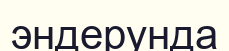
эндерунда